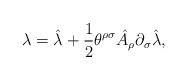
LaTeX: \begin{align*}\lambda =\hat \lambda +\frac{1}{2}\theta^{\rho\sigma}\hat A_{\rho}\partial_{\sigma}\hat \lambda ,\end{align*}